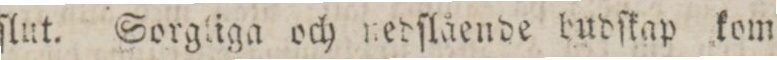
ſlut. Sorgliga och nedſlående budſkap kom=